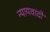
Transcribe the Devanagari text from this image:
न्यायवादों